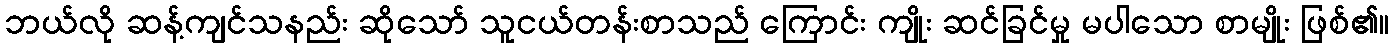
ဘယ်လို ဆန့်ကျင်သနည်း ဆိုသော် သူငယ်တန်းစာသည် ကြောင်း ကျိုး ဆင်ခြင်မှု မပါသော စာမျိုး ဖြစ်၏။